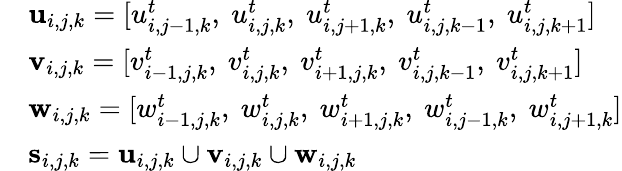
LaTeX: \begin{array}{rl}&{\textbf{u}_{i,j,k}=\lbrack u_{i,j-1,k}^{t},~u_{i,j,k}^{t},~u_{i,j+1,k}^{t},~u_{i,j,k-1}^{t},~u_{i,j,k+1}^{t}\rbrack}\\ &{\textbf{v}_{i,j,k}=\lbrack v_{i-1,j,k}^{t},~v_{i,j,k}^{t},~v_{i+1,j,k}^{t},~v_{i,j,k-1}^{t},~v_{i,j,k+1}^{t}\rbrack}\\ &{\textbf{w}_{i,j,k}=\lbrack w_{i-1,j,k}^{t},~w_{i,j,k}^{t},~w_{i+1,j,k}^{t},~w_{i,j-1,k}^{t},~w_{i,j+1,k}^{t}\rbrack}\\ &{\textbf{s}_{i,j,k}=\textbf{u}_{i,j,k}\cup\textbf{v}_{i,j,k}\cup\textbf{w}_{i,j,k}}\end{array}